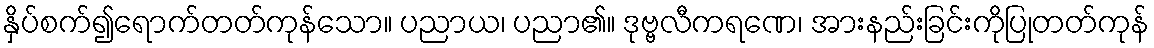
နှိပ်စက်၍ရောက်တတ်ကုန်သော။ ပညာယ၊ ပညာ၏။ ဒုဗ္ဗလီကရဏေ၊ အားနည်းခြင်းကိုပြုတတ်ကုန်